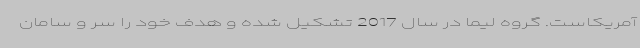
آمریکاست. گروه لیما در سال 2017 تشکیل شده و هدف خود را سر و سامان